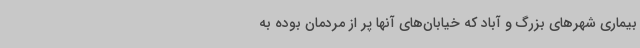
بیماری شهرهای بزرگ و آباد که خیابان‌های آنها پر از مردمان بوده به